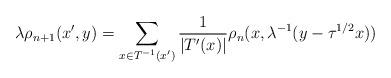
LaTeX: \begin{align*}\lambda\rho_{n+1}(x',y)=\sum_{x\in T^{-1}(x')}\frac{1}{\vert T'(x)\vert}\rho_{n}(x,\lambda^{-1}(y-\tau^{1/2}x))\end{align*}